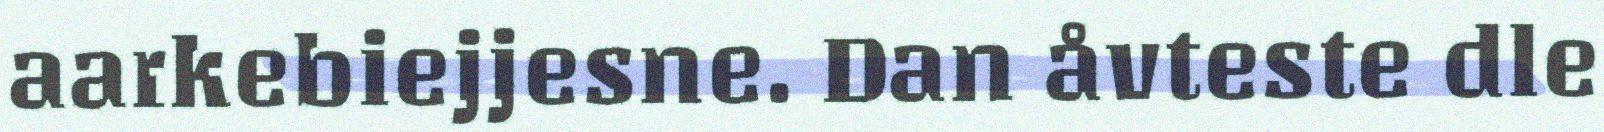
aarkebiejjesne. Dan åvteste dle